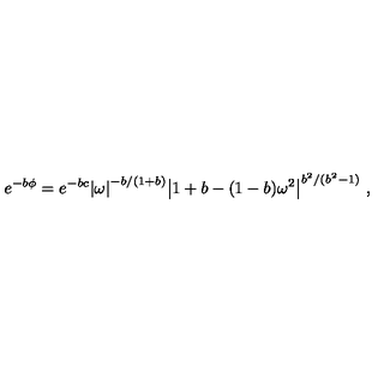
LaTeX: e ^ { - b \phi } = e ^ { - b c } { \left| \omega \right| } ^ { - b / ( 1 + b ) } { \left| 1 + b - ( 1 - b ) \omega ^ { 2 } \right| } ^ { b ^ { 2 } / ( b ^ { 2 } - 1 ) } \ ,